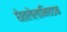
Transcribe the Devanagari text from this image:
घेतलेलानिवडक